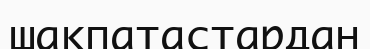
шақпатастардан